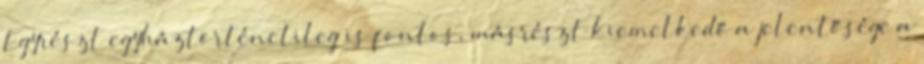
Egyrészt egyháztörténetileg is fontos, másrészt kiemelkedő a jelentősége a